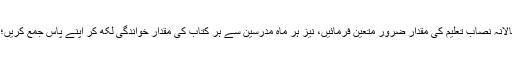
(۴) عربی درجات اگر قائم ہیں تو ماہانہ اور سالانہ نصاب تعلیم کی مقدار ضرور متعین فرمائیں، نیز ہر ماہ مدرسین سے ہر کتاب کی مقدار خواندگی لکھ کر اپنے پاس جمع کریں؛ تاکہ ہر مہینہ کی تدریسی مقدار سامنے رہے۔